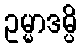
ဥမ္မာဒမ္ပိ